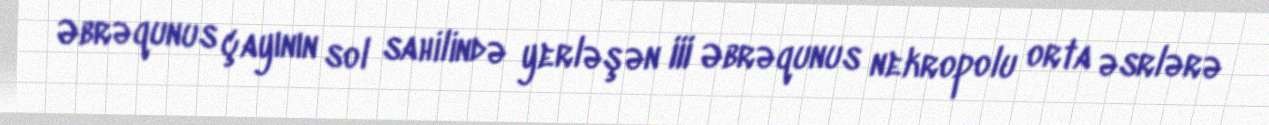
Əbrəqunus çayının sol sahilində yerləşən III Əbrəqunus nekropolu orta əsrlərə